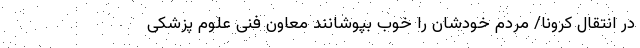
در انتقال کرونا/ مردم خودشان را خوب بپوشانند معاون فنی علوم پزشکی